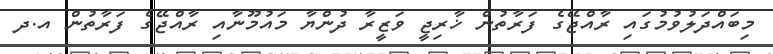
މިބައްދަލުވުމުގައި ރާއްޖޭގެ ފަރާތުން ޚާރިޖީ ވަޒީރާ ދުންޔާ މައުމޫނާއި ރާއްޖޭގެ ފަރާތުން އ.ދ